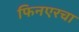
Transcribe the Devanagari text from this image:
फिनएरचा